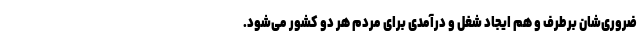
ضروری‌شان برطرف و هم ایجاد شغل و درآمدی برای مردم هر دو کشور می‌شود.